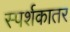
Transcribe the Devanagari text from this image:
स्पर्शकातर